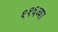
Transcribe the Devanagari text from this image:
११६व्या